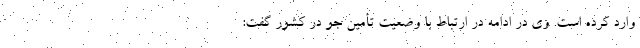
وارد کرده است. وی در ادامه در ارتباط با وضعیت تأمین جو در کشور گفت: